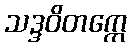
သဒ္ဒဝိတက္ကေ